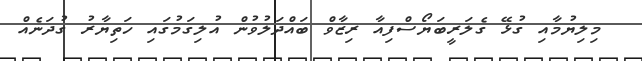
މިލިޔުމާއި ގުޅޭ ގެލަރީބަޔޯސްފިއާ ރިޒާވް ބައްދަލުވުން އުލިގަމުގައި ހަތިޔާރު ގުދަނެއް